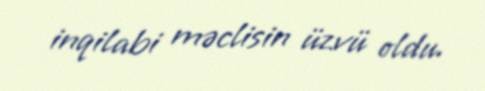
inqilabi məclisin üzvü oldu.